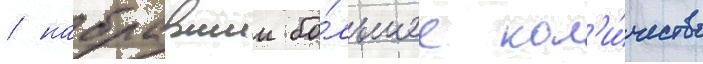
/ набравшии бо́льшее кол'и́чество